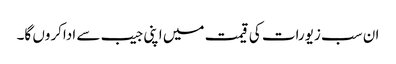
ان سب زیورات کی قیمت میں اپنی جیب سے اداکروں گا۔